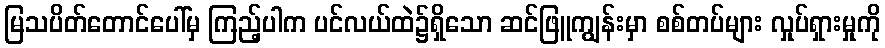
မြသပိတ်တောင်ပေါ်မှ ကြည့်ပါက ပင်လယ်ထဲ၌ရှိသော ဆင်ဖြူကျွန်းမှာ စစ်တပ်များ လှုပ်ရှားမှုကို